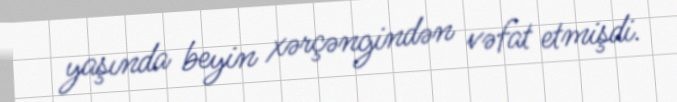
yaşında beyin xərçəngindən vəfat etmişdi.